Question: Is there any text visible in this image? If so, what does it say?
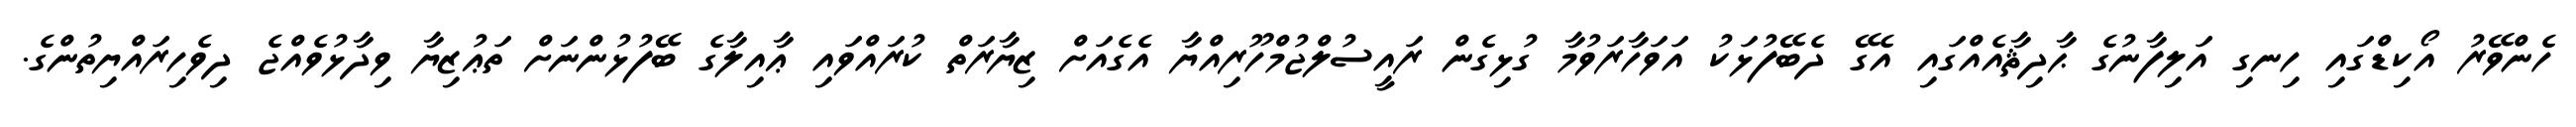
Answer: ހެންވޭރު އޯކިޑްގައި ހިނގި އަލިފާނުގެ ޙާދިޘާއެއްގައި އެގޭ ދެބޭފުޅަކު އަވަހާރަވުމާ ގުޅިގެން ރައީސުލްޖުމްހޫރިއްޔާ އެގެއަށް ޒިޔާރަތް ކުރައްވައި ޢާއިލާގެ ބޭފުޅުންނަށް ތަޢުޒިޔާ ވިދާޅުވެއްޖެ ދިވެހިރައްޔިތުންގެ.